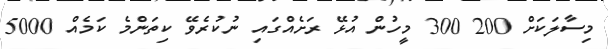
މިސާލަކަށް 200 300 މީހުން އުޅޭ ރަށެއްގައި ނުކުރެވޭ ކިތަންމެ ކަމެއް 5000